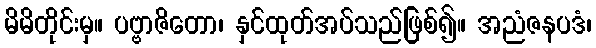
မိမိတိုင်းမှ။ ပဗ္ဗာဇိတော၊ နှင်ထုတ်အပ်သည်ဖြစ်၍။ အညံဇနပဒံ၊